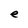
Character: e